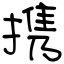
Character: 携